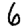
Digit: 6